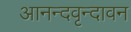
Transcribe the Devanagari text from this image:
आनन्दवृन्दावन